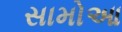
સામોઆ